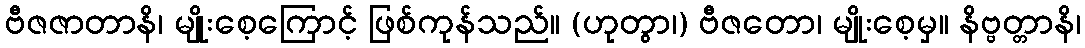
ဗီဇဇာတာနိ၊ မျိုးစေ့ကြောင့် ဖြစ်ကုန်သည်။ (ဟုတွာ၊) ဗီဇတော၊ မျိုးစေ့မှ။ နိဗ္ဗတ္တာနိ၊